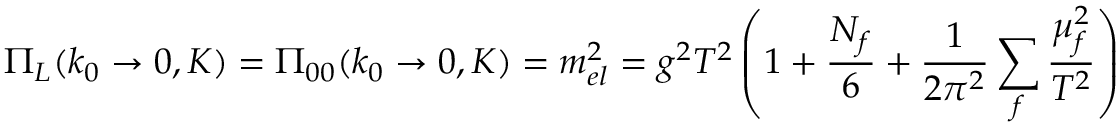
\Pi _ { L } ( k _ { 0 } \to 0 , K ) = \Pi _ { 0 0 } ( k _ { 0 } \to 0 , K ) = m _ { e l } ^ { 2 } = g ^ { 2 } T ^ { 2 } \left( 1 + { \frac { N _ { f } } { 6 } } + { \frac { 1 } { 2 \pi ^ { 2 } } } \sum _ { f } { \frac { \mu _ { f } ^ { 2 } } { T ^ { 2 } } } \right)